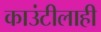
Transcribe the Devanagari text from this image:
काउंटीलाही